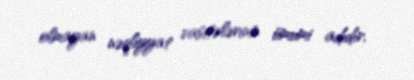
olmayan nəqliyyat vasitələrinin ümumi adıdır.